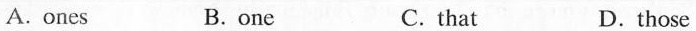
A.ones B.one C.that D.those